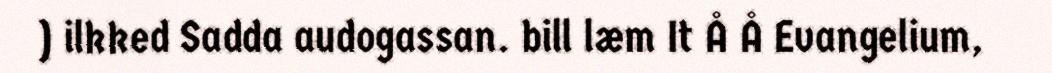
) ilkked Sadda audogassan. bill læm It Å Å Evangelium,